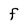
Character: f